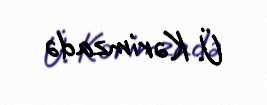
Ü. Kərimzadə